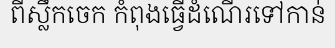
ពីស្លឹកចេក កំពុងធ្វើដំណើរទៅកាន់